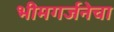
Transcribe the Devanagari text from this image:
भीमगर्जनेचा